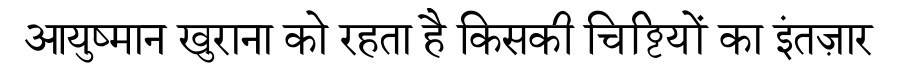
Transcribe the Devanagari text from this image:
आयुष्मान खुराना को रहता है किसकी चिट्ठियों का इंतज़ार